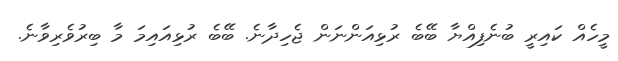
މީހެއް ކައިރީ ބުނެފިއްޔާ ބޭބެ ރުޅިއަންނަން ޖެހިދާނެ. ބޭބެ ރުޅިއައިމަ މާ ބިރުވެރިވާނެ.